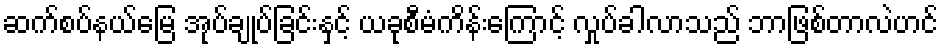
ဆက်စပ်နယ်မြေ အုပ်ချုပ်ခြင်းနှင့် ယခုစီမံကိန်းကြောင့် လှုပ်ခါလာသည် ဘာဖြစ်တာလဲဟင်